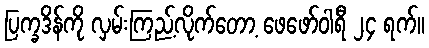
ပြက္ခဒိန်ကို လှမ်းကြည့်လိုက်တော့ ဖေဖော်ဝါရီ ၂၄ ရက်။